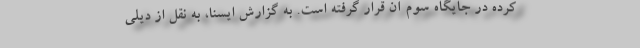
کرده در جایگاه سوم آن قرار گرفته است. به گزارش ایسنا، به نقل از دیلی